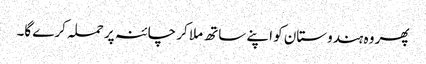
پھر وہ ہندوستان کو اپنے ساتھ ملا کر چائنہ پر حملہ کرے گا۔